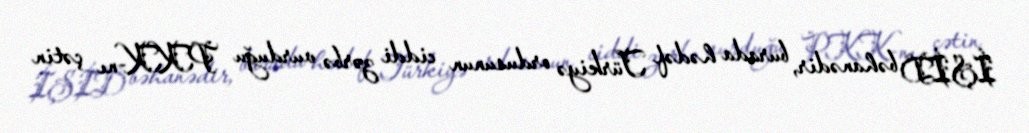
İŞİD bəhanədir, burada hədəf Türkiyə ordusunun ciddi zərbə vurduğu PKK-nı çətin